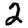
Digit: 2